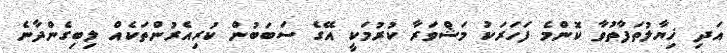
އަދި ޚިޔާލުތަފާތުވާ ކޮންމެ ފަހަރަކު މަޝްވަރާ ކުރުމަކީ އޭގެ ސަބަބުން ކުރިއެރުންތަކެއް ލިބިގެންދާނެ